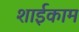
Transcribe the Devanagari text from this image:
शाईकाम